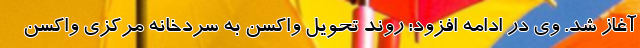
آغاز شد. وی در ادامه افزود: روند تحویل واکسن به سردخانه مرکزی واکسن